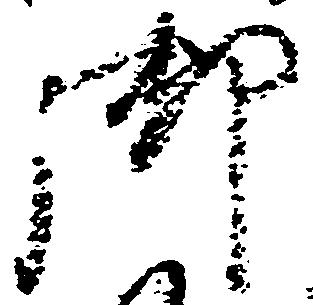
御